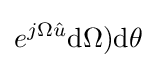
e^{j\Omega {\hat {u}}}\mathrm {d} \Omega )\mathrm {d} \theta